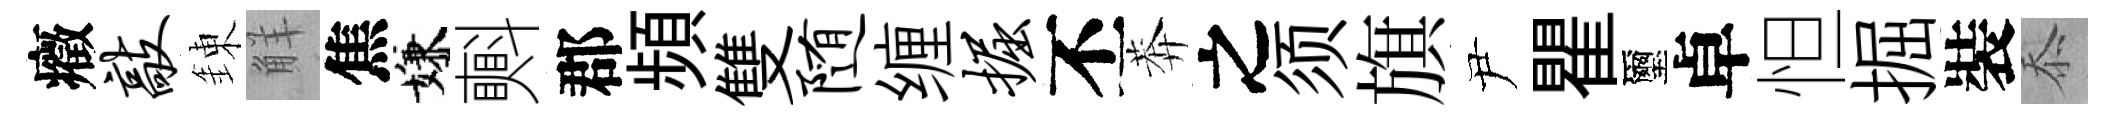
癥敲錬觧焦嫌㪺郡頻雙随缠掘丕莾之须旗尹瞿璽卓怛掘裝忝